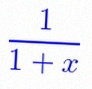
\frac{1}{1+x}